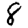
Digit: 8